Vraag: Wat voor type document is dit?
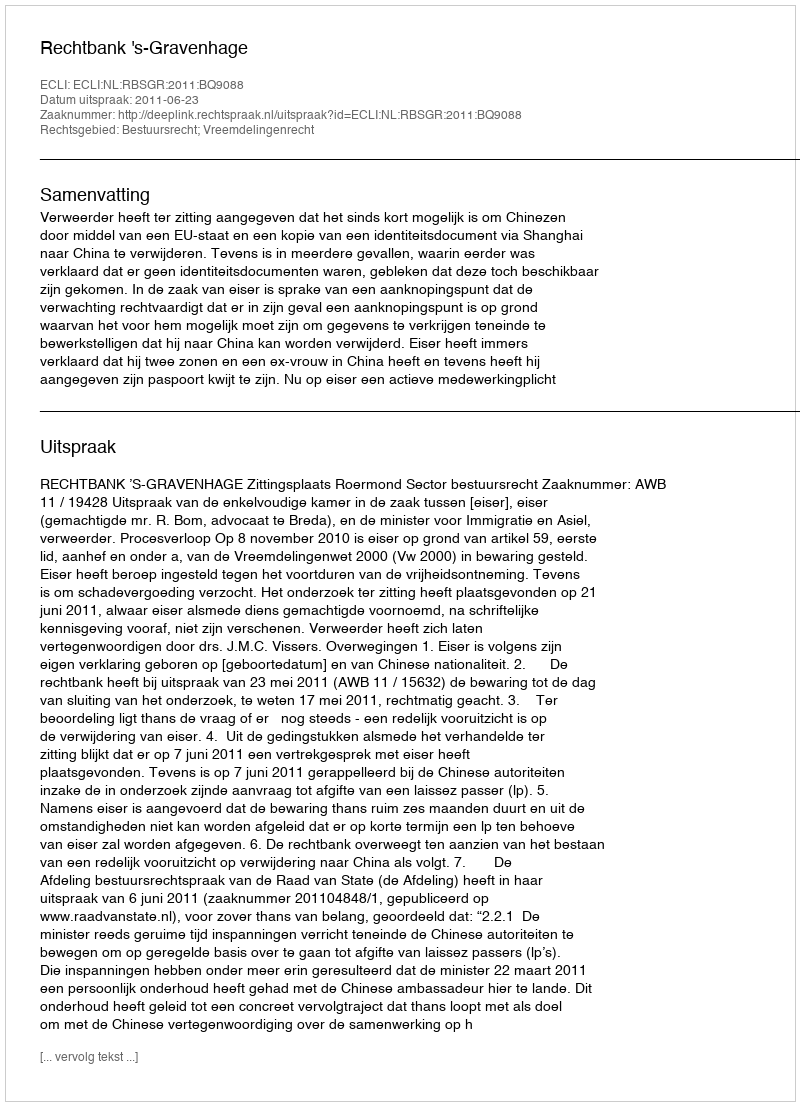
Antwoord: Uitspraak